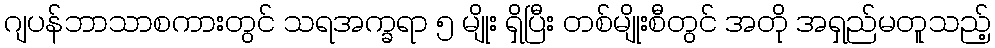
ဂျပန်ဘာသာစကားတွင် သရအက္ခရာ ၅ မျိုး ရှိပြီး တစ်မျိုးစီတွင် အတို အရှည်မတူသည့်